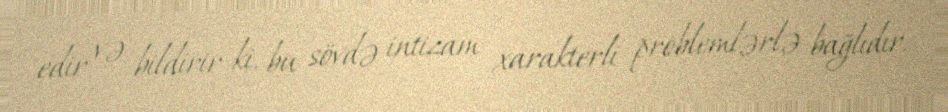
edir və bildirir ki, bu sövdə intizam xarakterli problemlərlə bağlıdır.